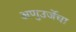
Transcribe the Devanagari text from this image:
अणुउर्जेचा